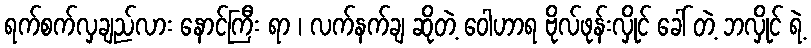
ရက်စက်လှချည်လား နောင်ကြီး ရာ ၊ လက်နက်ချ ဆိုတဲ့ ဝေါဟာရ ဗိုလ်ဖုန်းလှိုင် ခေါ် တဲ့ ဘလှိုင် ရဲ့